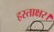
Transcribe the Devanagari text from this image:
हस्ताक्षर।